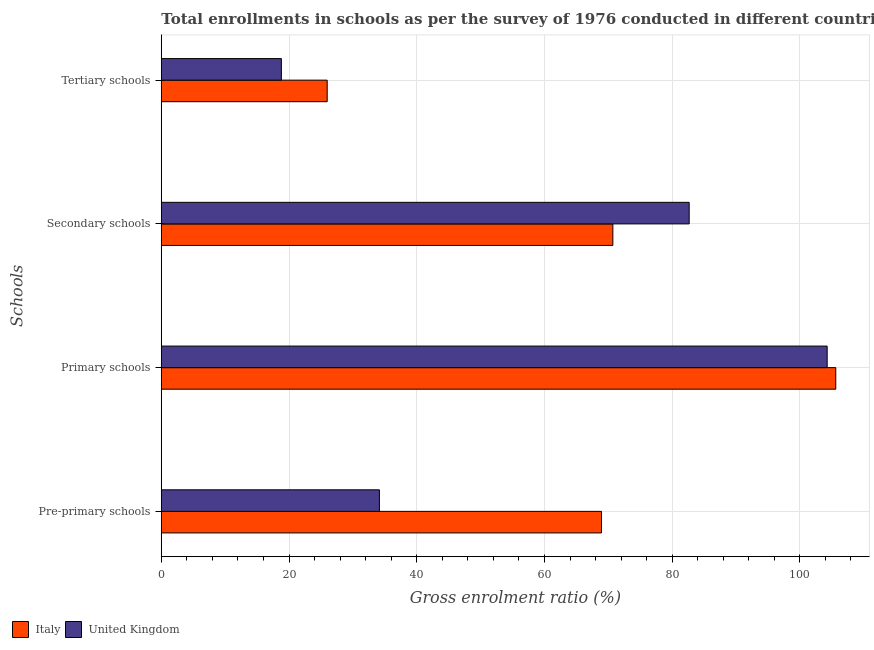
| Schools | Italy | United Kingdom |
 | --- | --- | --- |
 | Pre-primary schools | 68.9 | 34.2 |
 | Primary schools | 106 | 104 |
 | Secondary schools | 70.7 | 82.7 |
 | Tertiary schools | 26 | 18.8 |